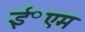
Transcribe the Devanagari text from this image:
ई॰एम